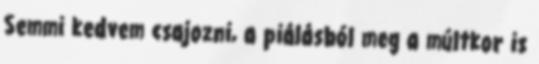
Semmi kedvem csajozni, a piálásból meg a múltkor is